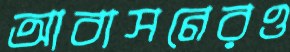
আবাসনেরও